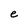
Character: e